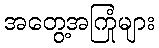
အတွေ့အကြုံများ